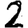
Digit: 2